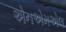
એનએમએલ